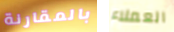
بالمقارنة العملاء